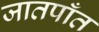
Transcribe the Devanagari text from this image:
जातपाँत